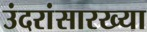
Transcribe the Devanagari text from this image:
उंदरांसारख्या